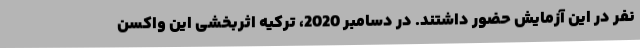
نفر در این آزمایش حضور داشتند. در دسامبر 2020، ترکیه اثربخشی این واکسن